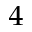
_ 4